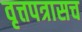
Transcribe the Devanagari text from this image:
वृत्तपत्रासच